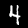
Digit: 4